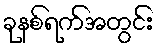
ခုနစ်ရက်အတွင်း